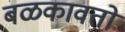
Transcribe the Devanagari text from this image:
बळकावतो